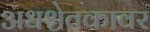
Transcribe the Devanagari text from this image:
अधश्चेतकावर